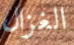
الغزال